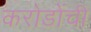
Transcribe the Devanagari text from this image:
करोडोंची